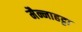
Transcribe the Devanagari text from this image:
मैन्नाहट्टा